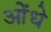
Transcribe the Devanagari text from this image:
ओंधे